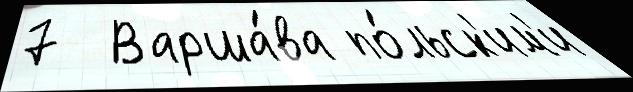
7  Варша́ва по́льск'им'и